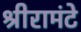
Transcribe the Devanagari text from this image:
श्रीरामंटे